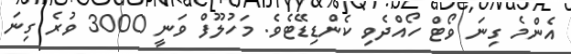
އެންމެ ގިނަ ވޯޓް ހޯއްދެވި ކެންޑިޑޭޓެވެ. މަހުލޫފް ވަނީ 3000 ވުރެ ގިނަ